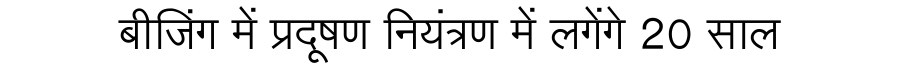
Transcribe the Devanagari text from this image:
बीजिंग में प्रदूषण नियंत्रण में लगेंगे 20 साल